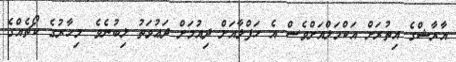
އާރާޝްގެ އިތުރަށް އަކްމަލްއަށްވެސް އެ ހަފްލާއަށް ދިއުމަށް ދަޢުވަތު ލިބުނެވެ. މިހާރުގެ ކޯޗެއްގެ